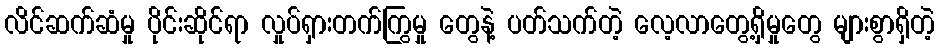
လိင်ဆက်ဆံမှု ပိုင်းဆိုင်ရာ လှုပ်ရှားတက်ကြွမှု တွေနဲ့ ပတ်သက်တဲ့ လေ့လာတွေ့ရှိမှုတွေ များစွာရှိတဲ့